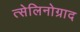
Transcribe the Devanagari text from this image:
त्सेलिनोग्राद